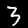
Digit: 3